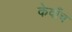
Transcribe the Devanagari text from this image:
केवाँच